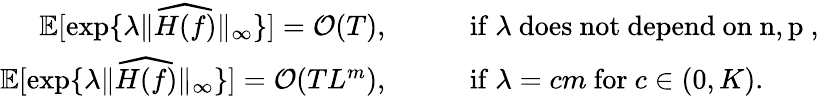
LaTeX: \begin{array}{rlrl}{\mathbb{E}[\exp\{ \lambda\| \widehat{H(f)}\| _{\infty}\} ]=\mathcal{O}(T),}&{}&&{\mathrm{if~}\lambda\mathrm{~does~not~depend~on~n,p~,}}\\ {\mathbb{E}[\exp\{ \lambda\| \widehat{H(f)}\| _{\infty}\} ]=\mathcal{O}(TL^{m}),}&{}&&{\mathrm{if~}\lambda=cm\mathrm{~for~}c\in(0,K).}\end{array}